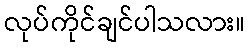
လုပ်ကိုင်ချင်ပါသလား။